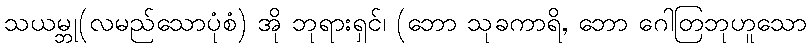
သယမ္ဘု(လမည်သောပုံစံ) အို ဘုရားရှင်၊ (ဘော သုခကာရိ, ဘော ဂေါတြဘုဟူသော